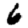
Digit: 6